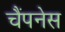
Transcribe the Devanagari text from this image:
चैंपनेस